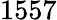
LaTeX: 1557